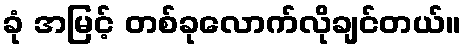
ခုံ အမြင့် တစ်ခုလောက်လိုချင်တယ်။